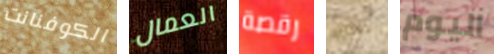
الكوفنانت العمال رقصة نواة اليوم